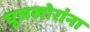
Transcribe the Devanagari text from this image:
घूसखोरांना